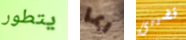
يتطور ربما قضيبى